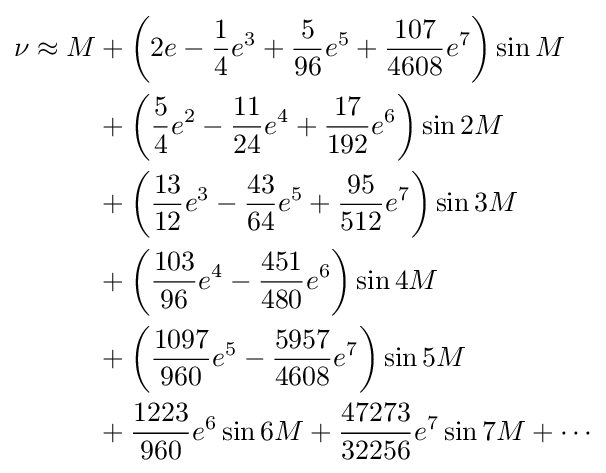
{\begin{aligned}\nu \approx M&+\left(2e-{\frac {1}{4}}e^{3}+{\frac {5}{96}}e^{5}+{\frac {107}{4608}}e^{7}\right)\sin M\\&{}+\left({\frac {5}{4}}e^{2}-{\frac {11}{24}}e^{4}+{\frac {17}{192}}e^{6}\right)\sin 2M\\&{}+\left({\frac {13}{12}}e^{3}-{\frac {43}{64}}e^{5}+{\frac {95}{512}}e^{7}\right)\sin 3M\\&{}+\left({\frac {103}{96}}e^{4}-{\frac {451}{480}}e^{6}\right)\sin 4M\\&{}+\left({\frac {1097}{960}}e^{5}-{\frac {5957}{4608}}e^{7}\right)\sin 5M\\&{}+{\frac {1223}{960}}e^{6}\sin 6M+{\frac {47273}{32256}}e^{7}\sin 7M+\cdots \end{aligned}}